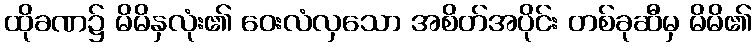
ထိုခဏ၌ မိမိနှလုံး၏ ဝေးလံလှသော အစိတ်အပိုင်း တစ်ခုဆီမှ မိမိ၏